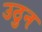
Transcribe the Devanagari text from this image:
उठुन